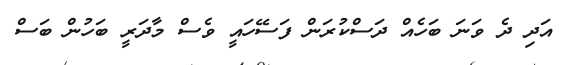
އަދި ދެ ވަނަ ބަހެއް ދަސްކުރަން ފަސޭހައީ ވެސް މާދަރީ ބަހުން ބަސް